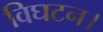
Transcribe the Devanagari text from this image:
विघटन।